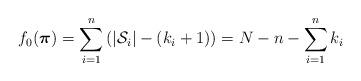
LaTeX: \begin{align*} f_0(\boldsymbol{\pi})=\sum_{i=1}^n\left(\vert\mathcal{S}_i\vert-(k_i+1)\right)=N-n-\sum_{i=1}^n k_i\end{align*}